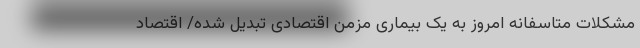
مشکلات متاسفانه امروز به یک بیماری مزمن اقتصادی تبدیل شده/ اقتصاد